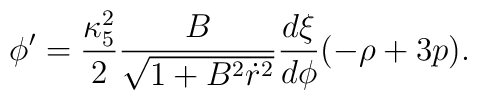
\phi'=\frac{\kappa_5^2}{2}\frac{B}{\sqrt{1 + B^2 \dot r^2}}\frac{d\xi}{d\phi}(-\rho +3p).